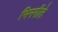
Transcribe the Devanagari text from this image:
भिमगीते